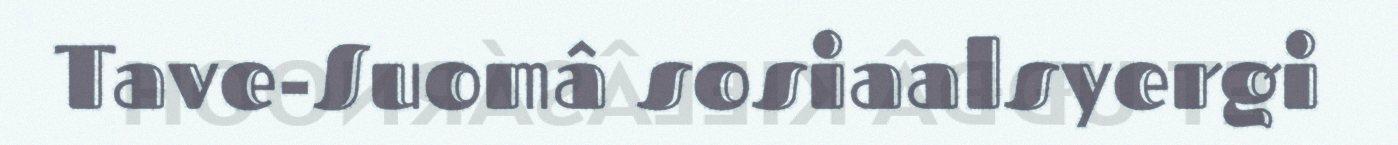
Tave-Suomâ sosiaalsyergi